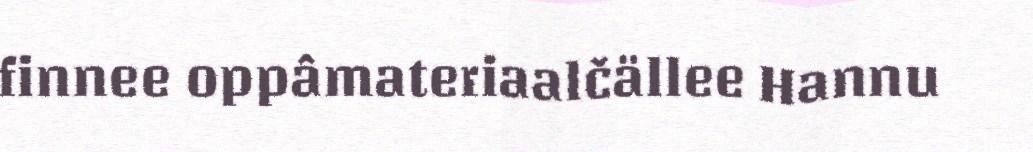
finnee oppâmateriaalčällee Hannu